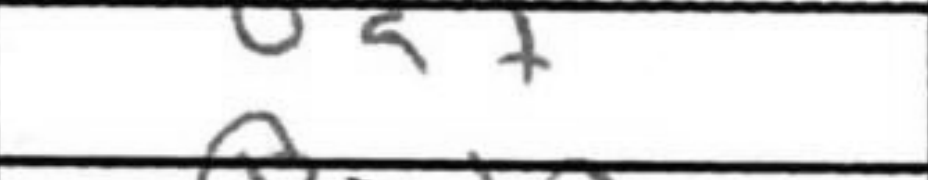
Transcription: Bd7